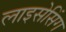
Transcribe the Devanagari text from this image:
लाइसेसिंग